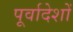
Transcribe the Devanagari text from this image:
पूर्वादेशों